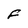
Character: F